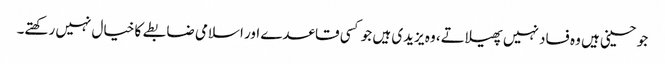
جو حسینی ہیں وہ فساد نہیں پھیلاتے، وہ یزیدی ہیں جو کسی قاعدے اور اسلامی ضابطے کا خیال نہیں رکھتے۔